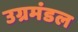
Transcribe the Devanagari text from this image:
उग्रमंडल